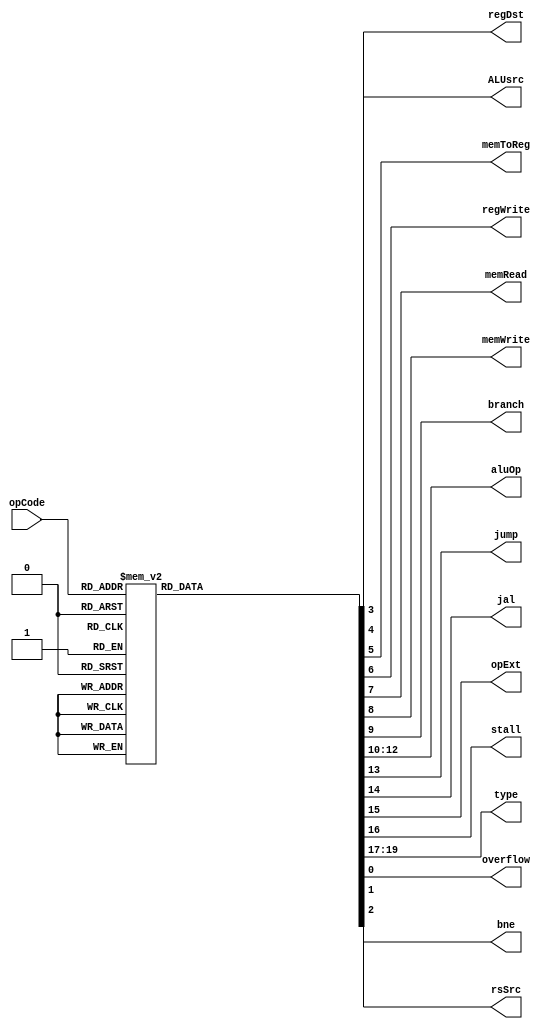
module Ctr(
    input [5:0] opCode,
    output regDst,
    output ALUsrc,
    output memToReg,
    output regWrite,
    output memRead,
    output memWrite,
    output branch,
    output [2:0] aluOp,
    output jump,
    output jal,
    output opExt,
    output reg stall,
    output reg [2:0] type,
    output reg overflow,
    output reg rsSrc,
    output reg bne
    );
    
    reg regDst;
    reg ALUsrc;
    reg memToReg;
    reg regWrite;
    reg memRead;
    reg memWrite;
    reg branch;
    reg [2:0] aluOp;
    reg jump;
    reg jal;
    reg opExt;
    
    always @(opCode)
    begin
        overflow=0;
        rsSrc=0;
        bne=0;
        
        case(opCode)
        6'b000000://R type
        begin
            regDst=1;
            ALUsrc=0;
            memToReg=0;
            regWrite=1;
            memRead=0;
            memWrite=0;
            branch=0;
            aluOp=3'b100;
            jump=0;
            jal=0;
            opExt=0;
            stall=0;
            type=3'b100;
        end
        //I type
        6'b001000://addi
        begin
            regDst=0;
            ALUsrc=1;
            memToReg=0;
            regWrite=1;
            memRead=0;
            memWrite=0;
            branch=0;
            aluOp=3'b000;
            jump=0;
            jal=0;
            opExt=1;
            stall=0;
            type=3'b011;
            overflow=1;
        end
        6'b001001://addiu
        begin
            regDst=0;
            ALUsrc=1;
            memToReg=0;
            regWrite=1;
            memRead=0;
            memWrite=0;
            branch=0;
            aluOp=3'b000;
            jump=0;
            jal=0;
            opExt=0;
            stall=0;
            type=3'b011;
        end
        6'b001100://andi
        begin
            regDst=0;
            ALUsrc=1;
            memToReg=0;
            regWrite=1;
            memRead=0;
            memWrite=0;
            branch=0;
            aluOp=3'b011;
            jump=0;
            jal=0;
            opExt=0;
            stall=0;
            type=3'b011;
        end
        6'b001101://ori
        begin
            regDst=0;
            ALUsrc=1;
            memToReg=0;
            regWrite=1;
            memRead=0;
            memWrite=0;
            branch=0;
            aluOp=3'b010;
            jump=0;
            jal=0;
            opExt=0;
            stall=0;
            type=3'b011;
        end
        6'b001110://xori
        begin
            regDst=0;
            ALUsrc=1;
            memToReg=0;
            regWrite=1;
            memRead=0;
            memWrite=0;
            branch=0;
            aluOp=3'b001;
            jump=0;
            jal=0;
            opExt=0;
            stall=0;
            type=3'b010;
        end
        6'b001111://lui
        begin
            regDst=0;
            ALUsrc=1;
            memToReg=0;
            regWrite=1;
            memRead=0;
            memWrite=0;
            branch=0;
            aluOp=3'b101;
            jump=0;
            jal=0;
            opExt=0;
            stall=0;
            type=3'b011;
            rsSrc=1;
        end 
        6'b001010://slti
        begin
            regDst=0;
            ALUsrc=1;
            memToReg=0;
            regWrite=1;
            memRead=0;
            memWrite=0;
            branch=0;
            aluOp=3'b110;
            jump=0;
            jal=0;
            opExt=1;
            stall=0;
            type=3'b010;
            overflow=1;
        end 
        6'b001011://sltiu
        begin
            regDst=0;
            ALUsrc=1;
            memToReg=0;
            regWrite=1;
            memRead=0;
            memWrite=0;
            branch=0;
            aluOp=3'b110;
            jump=0;
            jal=0;
            opExt=0;
            stall=0;
            type=3'b010;
        end 
        6'b100011://lw
        begin
            regDst=0;
            ALUsrc=1;
            memToReg=1;
            regWrite=1;
            memRead=1;
            memWrite=0;
            branch=0;
            aluOp=3'b000;
            jump=0;
            jal=0;
            opExt=1;
            stall=0;
            type=3'b000;
        end
        6'b101011://sw
        begin
            regDst=0;//x
            ALUsrc=1;
            memToReg=0;//x
            regWrite=0;
            memRead=0;
            memWrite=1;
            branch=0;
            aluOp=3'b000;
            jump=0;
            jal=0;
            opExt=1;
            stall=0;
            type=3'b001;
        end
        6'b000100://beq type
        begin
            regDst=0;//x
            ALUsrc=0;
            memToReg=0;//x
            regWrite=0;
            memRead=0;
            memWrite=0;
            branch=1;
            aluOp=3'b001;
            jump=0;
            jal=0;
            opExt=1;
            stall=0;
            type=3'b110;
        end    
        6'b000101://bne type
        begin
            regDst=0;//x
            ALUsrc=0;
            memToReg=0;//x
            regWrite=0;
            memRead=0;
            memWrite=0;
            branch=1;
            bne=1;
            aluOp=3'b001;
            jump=0;
            jal=0;
            opExt=1;
            stall=0;
            type=3'b110;
        end    
        
        
        //J type
        6'b000010://jump
        begin
            regDst=0;
            ALUsrc=1;
            memToReg=0;
            regWrite=1;
            memRead=0;
            memWrite=0;
            branch=0;
            aluOp=3'b000;
            jump=1;
            jal=0;
            opExt=1;
            stall=1;
            type=3'b010;
        end
        6'b000011://jal
        begin
            regDst=0;
            ALUsrc=1;
            memToReg=0;
            regWrite=1;
            memRead=0;
            memWrite=0;
            branch=0;
            aluOp=3'b000;
            jump=1;
            jal=1;
            opExt=1;
            stall=1;
            type=3'b101;
        end
        default:
        begin
            regDst=0;
            ALUsrc=0;
            memToReg=0;
            regWrite=0;
            memRead=0;
            memWrite=0;
            branch=0;
            aluOp=3'b000;
            jump=0;
            jal=0;
            opExt=0;
            stall=0;
            type=3'b100;
        end
        endcase
    end

endmodule